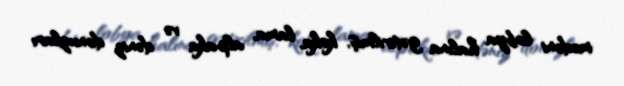
mədəni lobya halına gətirilmiş, koka, lama, alpaka və dəniz donuzları